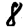
Digit: 8